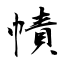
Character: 幘